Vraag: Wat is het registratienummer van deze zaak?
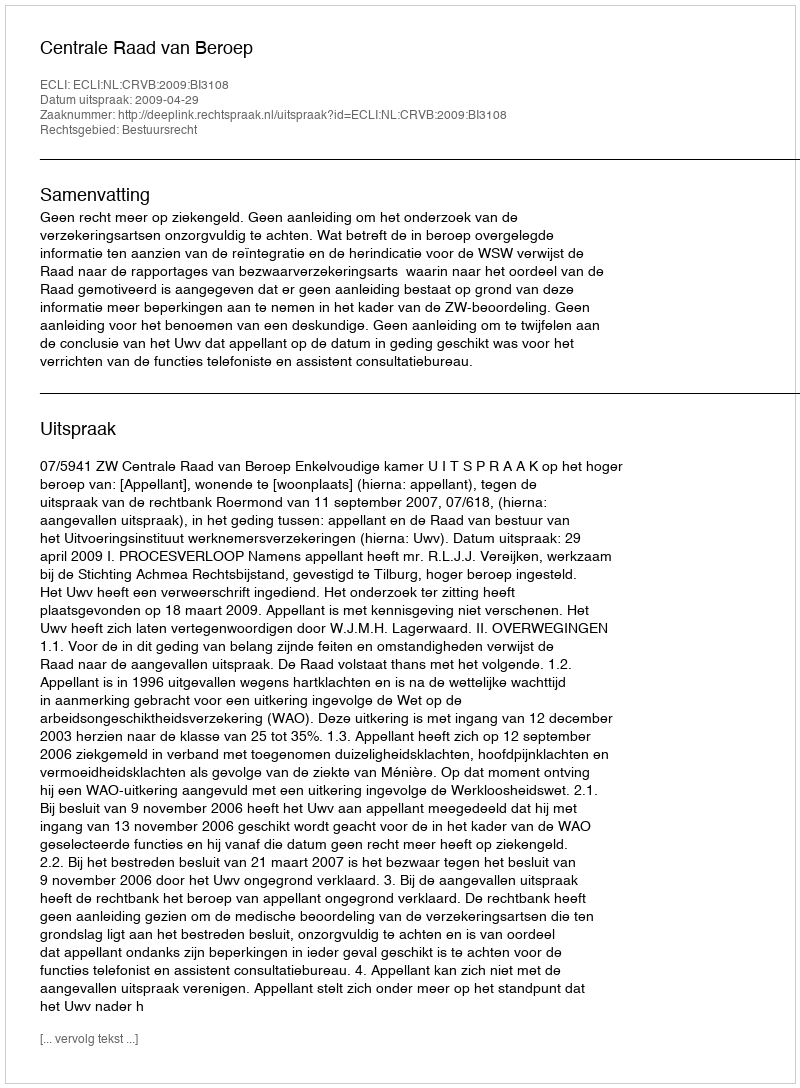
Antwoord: http://deeplink.rechtspraak.nl/uitspraak?id=ECLI:NL:CRVB:2009:BI3108